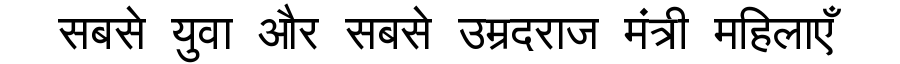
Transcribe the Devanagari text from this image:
सबसे युवा और सबसे उम्रदराज मंत्री महिलाएँ